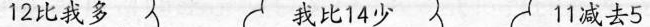
12比我多 我比14少 11减去5